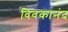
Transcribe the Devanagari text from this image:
विवकानंद